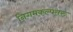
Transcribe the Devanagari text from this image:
निगमकल्पतरु